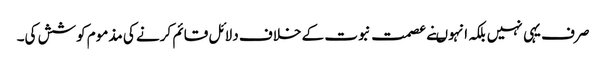
صرف یہی نہیں بلکہ انہوںنے عصمت نبوت کے خلاف دلائل قائم کرنے کی مذموم کوشش کی۔